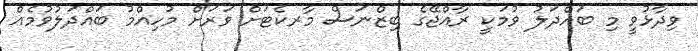
ވިދާޅުވީ މި ބައްދަލު ވުމަކީ ރާއްޖޭގެ ބިޒްނަސް މާރކެޓަށް ވަރަށް މުހިއްމު ބައްދަލުވުމެއް